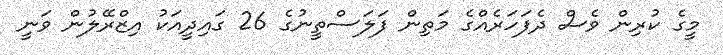
މީގެ ކުރިން ވެސް ދެފަހަރެއްގެ މަތިން ފަލަސްތީނުގެ 26 ގައިދީއަކު އިޒްރޭލުން ވަނީ